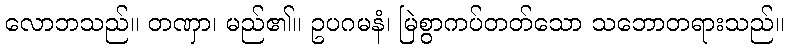
လောဘသည်။ တဏှာ၊ မည်၏။ ဥပဂမနံ၊ မြဲစွာကပ်တတ်သော သဘောတရားသည်။